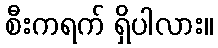
စီးကရက် ရှိပါလား။